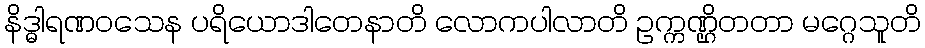
နိဒ္ဓါရဏဝသေန ပရိယောဒါတေနာတိ လောကပါလာတိ ဥက္ကဏ္ဌိတတာ မဂ္ဂေသူတိ